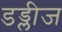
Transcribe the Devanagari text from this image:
डड्लीज